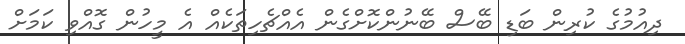
ދިއުމުގެ ކުރިން ބަޑި ބޭސް ބޭނުންކޮށްގެން އެއްޗެހިތަކެއް އެ މީހުން ގޮއްވި ކަމަށް